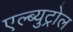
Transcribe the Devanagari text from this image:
एल्ब्युट्रोल